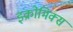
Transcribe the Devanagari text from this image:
इक्रोमिक्स